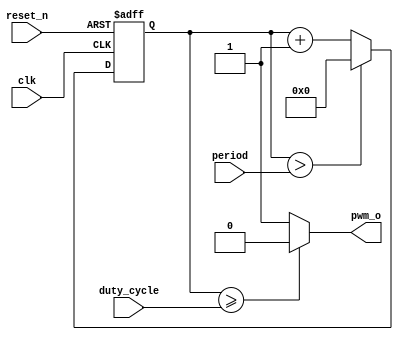
module pwm (
    clk,
    reset_n,
    period,
    duty_cycle,
    pwm_o
);
    input   clk;
    input   reset_n;
    input [31:0] period;
    input [31:0] duty_cycle;
    output       pwm_o;
    reg   [31:0]cnt;
    assign pwm_o = (cnt >= duty_cycle) ? 1'b0 : 1'b1;
    always @(posedge clk or negedge reset_n) begin
        if(!reset_n)begin
            cnt <= 0;
        end else begin
            if(cnt > period)begin
                cnt <= 0;
            end else begin
                cnt <= cnt + 1'b1;
            end
        end
    end
endmodule